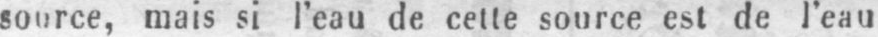
source, mais si l’eau de cette source est de l’eau